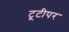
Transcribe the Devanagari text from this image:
टूटीपर